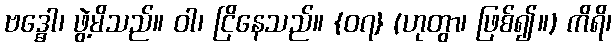
ဗဒ္ဓေါ၊ ဖွဲ့မိသည်။ ဝါ၊ ငြိနေသည်။ {၀၇} (ဟုတွာ၊ ဖြစ်၍။) ကိရိ၊